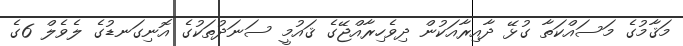
މަޤާމުގެ މަސައްކަތާ ގުޅޭ ދާއިރާއަކުން ދިވެހިރާއްޖޭގެ ޤައުމީ ސަނަދުތަކުގެ އޮނިގަނޑުގެ ލެވެލް 6ގެ